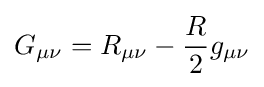
G_{\mu \nu }=R_{\mu \nu }-{R \over 2}g_{\mu \nu }